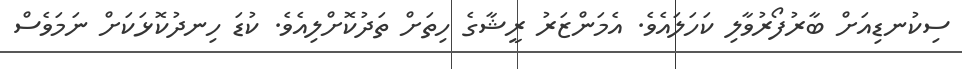
ސިކުނޑިއަށް ބާރުފޯރުވާލި ކަހަލައެވެ. އެމަންޒަރު ރީޝާގެ ހިތަށް ތަދުކޮޮށްލިއެވެ. ކުޑަ ހިނދުކޮޅަަކަށް ނަމަވެސް